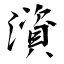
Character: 澬